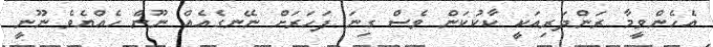
އެހެންވީމާ ރަންދަރިއަކީ ކާކުކަން ވެސް ގިނަ ފަހަރަށް ނޭނގެއެއް ނޫން ހެއްޔެވެ ނޫނީ